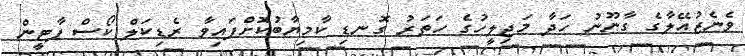
ވެނެޒުއޭލާގެ ގާނޫނު ހަދާ މަޖިލީހުގެ ހަތަރު ގޮނޑި ކާމިޔާބުކޮށްފައިވާ ރެޑިކަލް ކޯސް ޕާޓީން